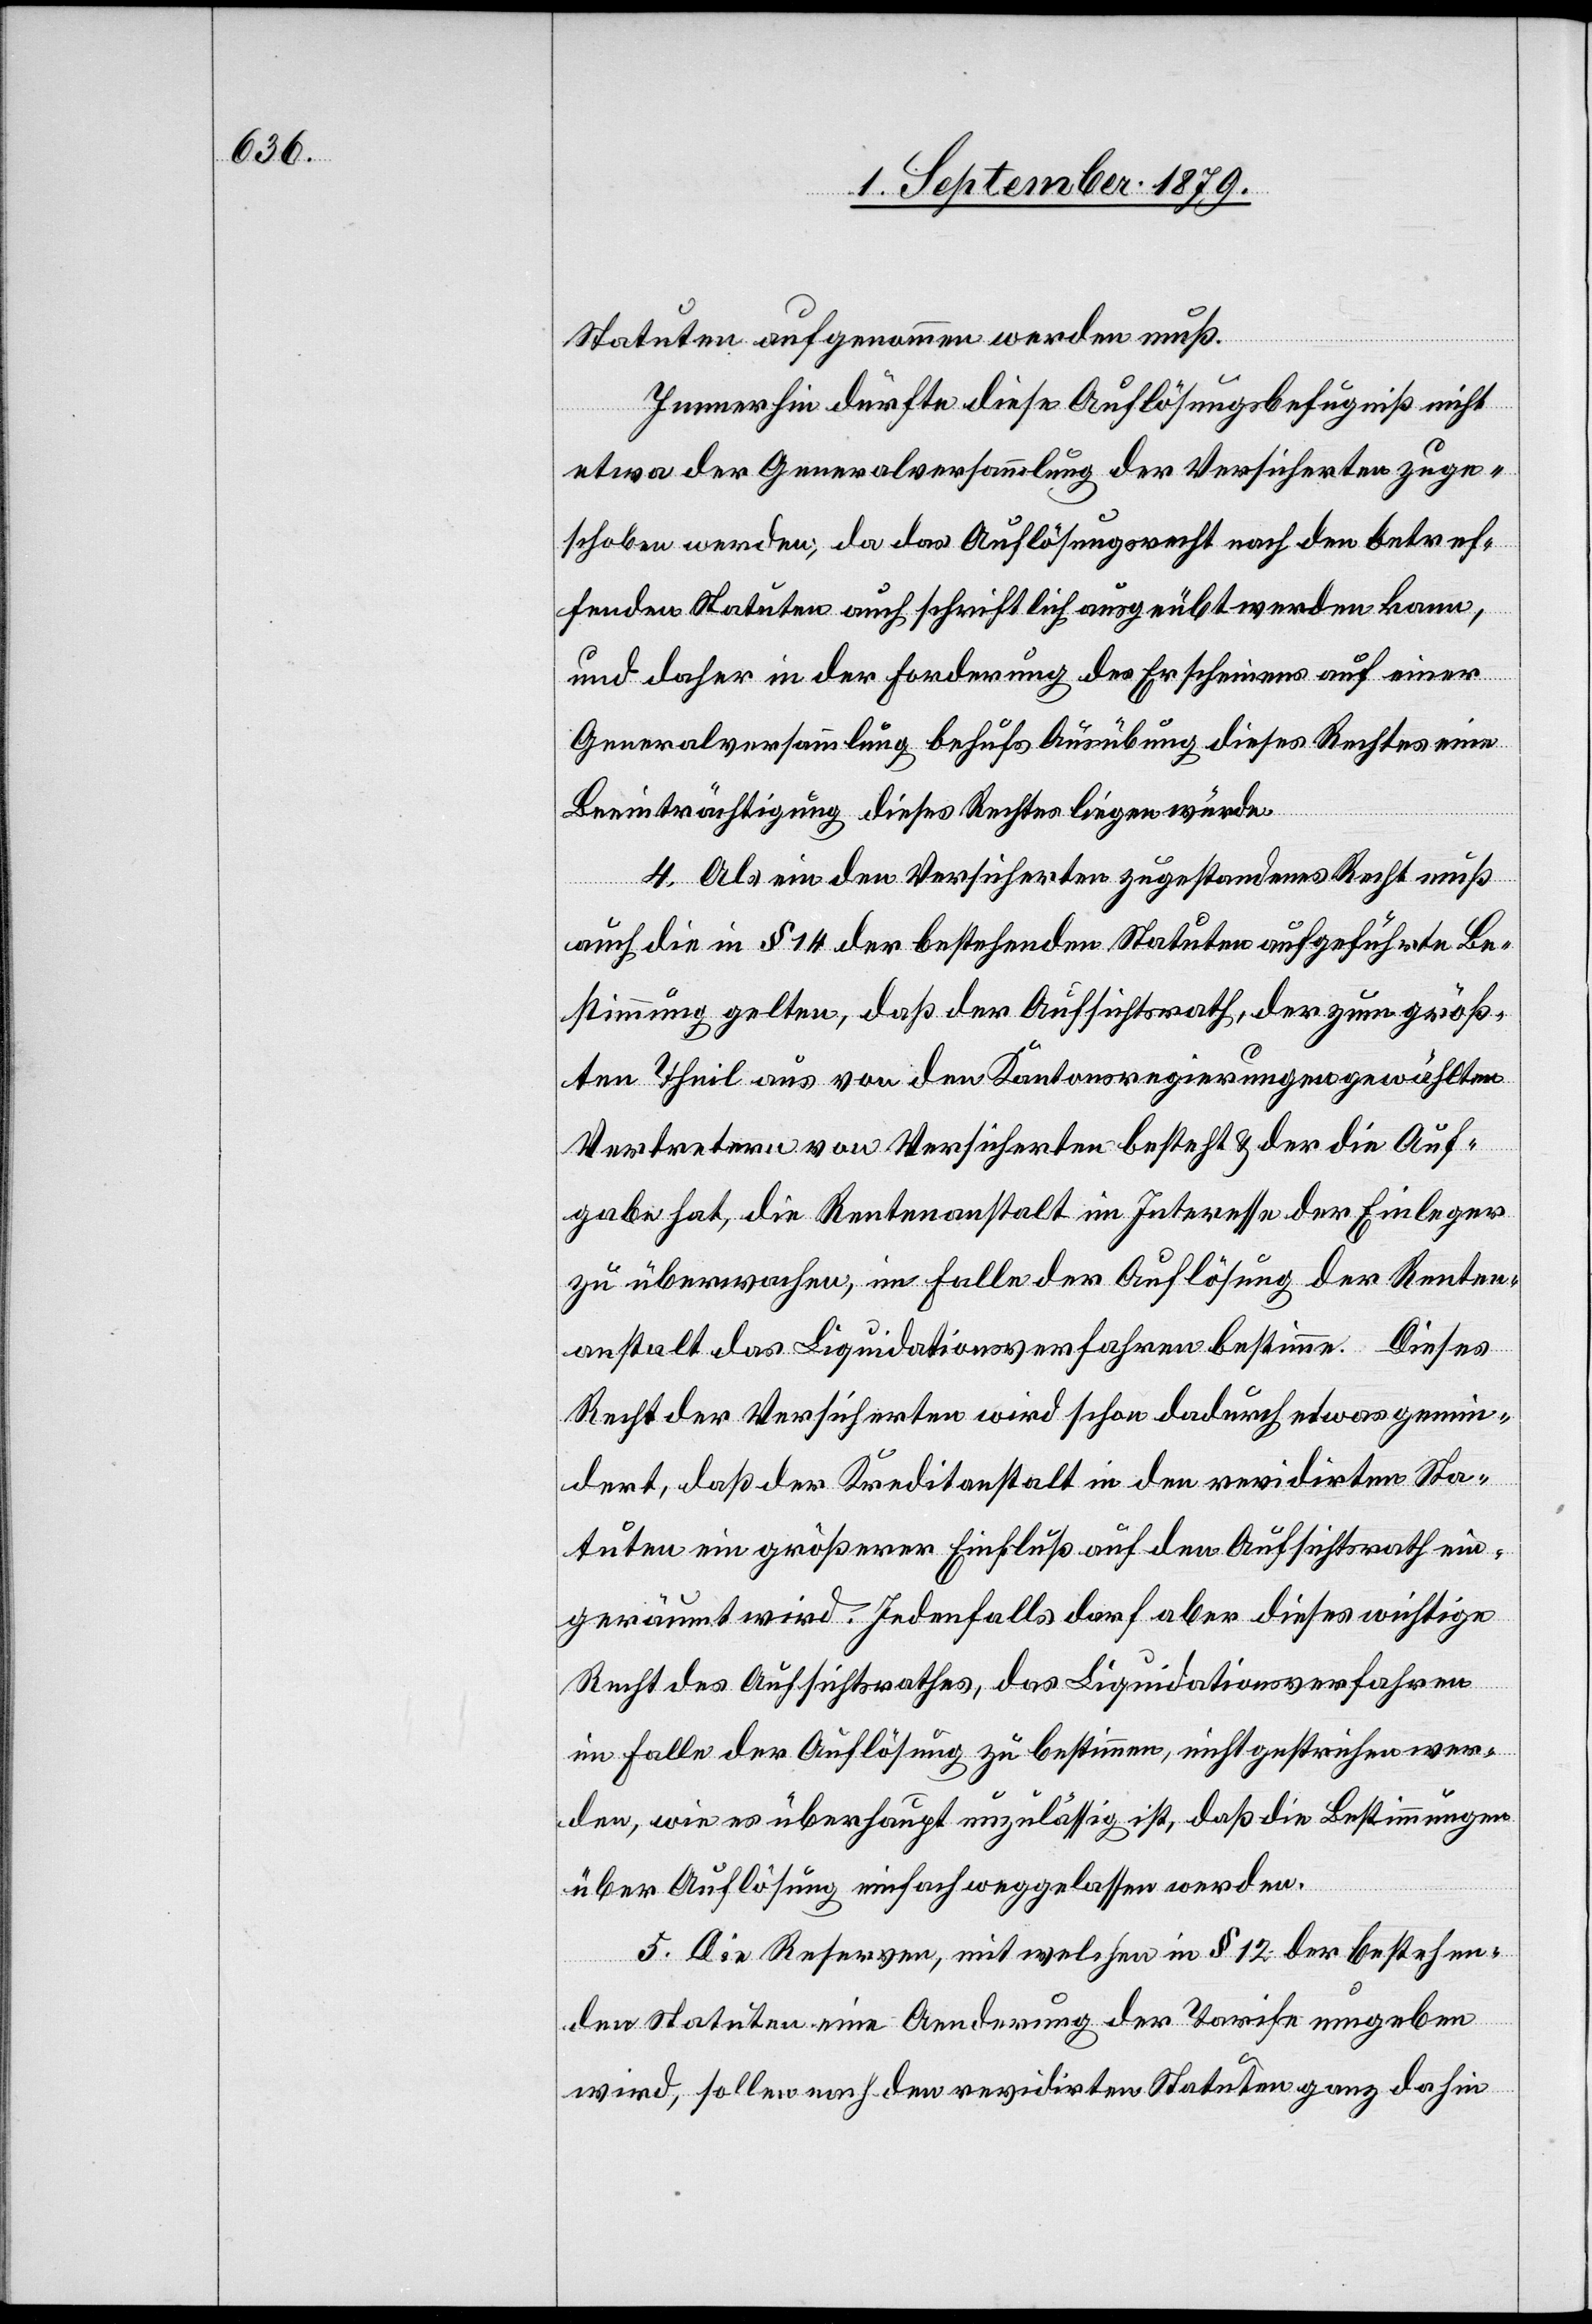
Statuten aufgenommen werden muß.
Immerhin dürfte diese Auflösungsbefugniß nicht
etwa der Generalversammlung der Versicherten zuge¬
schoben werden, da das Auflösungsrecht nach den betref¬
fenden Statuten auch schriftlich ausgeübt werden kann,
und daher in der Forderung des Erscheinens auf einer
Generalversammlung behufs Ausübung dieses Rechtes eine
Beeinträchtigung dieses Rechtes liegen würde.
4. Als ein den Versicherten zugestandenes Recht muß
auch die in § 14 der bestehenden Statuten aufgeführte Be¬
stimmung gelten, daß der Aufsichtsrath, der zum größ¬
ten Theil aus von den Kantonsregierungen gewählten
Vertretern von Versicherten besteht & der die Auf¬
gabe hat, die Rentenanstalt im Interesse der Einleger
zu überwachen, im Falle der Auflösung der Renten¬
anstalt das Liquidationsverfahren bestimme. Dieses
Recht der Versicherten wird schon dadurch etwas gemin¬
dert, daß der Kreditanstalt in den revidirten Sta¬
tuten ein größerer Einfluß auf den Aufsichtsrath ein¬
geräumt wird. Jedenfalls darf aber dieses wichtige
Recht des Aufsichtsrathes, das Liquidationsverfahren
im Falle der Auflösung zu bestimmen, nicht gestrichen wer¬
den, wie es überhaupt unzulässig ist, daß die Bestimmungen
über Auflösung einfach weggelassen werden.
5. Die Reserven, mit welchen in § 12 der bestehen¬
den Statuten eine Aenderung der Tarife umgeben
wird, sollen nach den revidirten Statuten ganz dahin